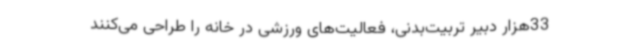
33هزار دبیر تربیت‌بدنی، فعالیت‌های ورزشی در خانه را طراحی می‌کنند